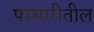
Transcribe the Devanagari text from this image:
परसारीतील